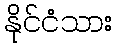
နိုင်ငံသား